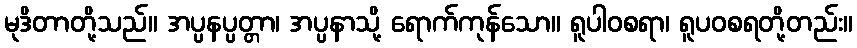
မုဒိတာတို့သည်။ အပ္ပနပ္ပတ္တာ၊ အပ္ပနာသို့ ရောက်ကုန်သော။ ရူပါဝစရာ၊ ရူပဝစရတို့တည်း။